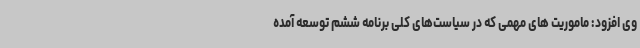
وی افزود: ماموریت های مهمی که در سیاست‌های کلی برنامه ششم توسعه آمده